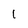
Character: 1